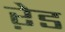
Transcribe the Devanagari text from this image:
ऱेड